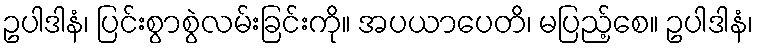
ဥပါဒါနံ၊ ပြင်းစွာစွဲလမ်းခြင်းကို။ အပယာပေတိ၊ မပြည့်စေ။ ဥပါဒါနံ၊